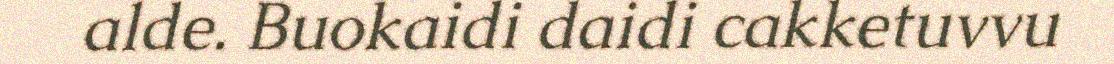
alde. Buokaidi daidi cakketuvvu